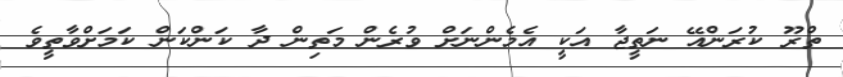
ތްރޫ ކުރަންއޭ ނަތީޖާ އަކީ އެމެންނަށް ވުރެން މަތިން ދާ ކަންކަން ކަމަށްވާތީވެ